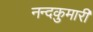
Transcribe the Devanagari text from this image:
नन्दकुमारी